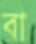
বা